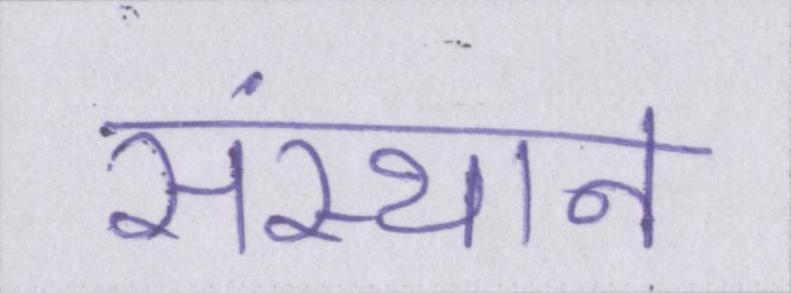
संस्थान